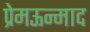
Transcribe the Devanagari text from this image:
प्रेमऊन्माद